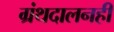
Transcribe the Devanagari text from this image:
ग्रंथदालनही